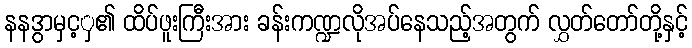
နနဒွာမှင့ှ၏ ထိပ်ဖူးကြီးအား ခန်းကဏ္ဍလိုအပ်နေသည့်အတွက် လွှတ်တော်တို့နှင့်